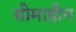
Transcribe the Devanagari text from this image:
सीमाहीन